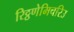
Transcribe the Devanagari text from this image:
रिट्ठणेमिचरिउ